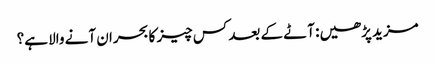
مزید پڑھیں: آٹے کے بعد کس چیز کا بحران آنے والا ہے؟